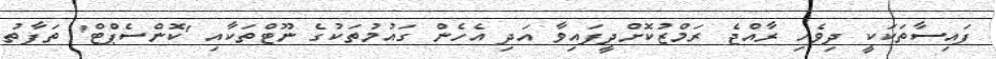
ފައިސާތަކަކީ ދިވެހި ރާއްޖެ ރަމްޒުކޮށްދީފައިވާ އަދި އެހެން ގައުމުތަކުގެ ނޫޓްތަކާއި 'ކޮންސެޕްޓް' ތަފާތު